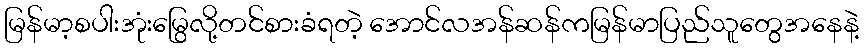
မြန်မာ့စပါးအုံးမြွေလို့တင်စားခံရတဲ့ အောင်လအန်ဆန်ကမြန်မာပြည်သူတွေအနေနဲ့